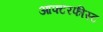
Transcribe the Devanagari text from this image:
आफ्टरफीस्ट